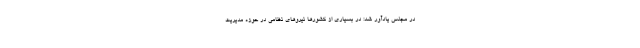
در مجلس یادآور شد: در بسیاری از کشورها نیروهای نظامی در حوزه مدیریت